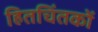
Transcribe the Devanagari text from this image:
हितचिंतकों